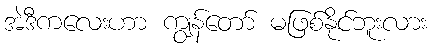
အဲဒီကလေးဟာ ကျွန်တော် မဖြစ်နိုင်ဘူးလား